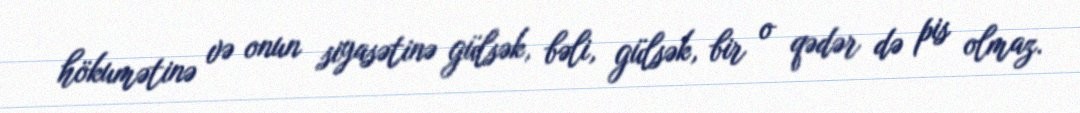
hökumətinə və onun siyasətinə gülsək, bəli, gülsək, bir o qədər də pis olmaz.